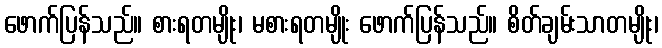
ဖောက်ပြန်သည်။ စားရတမျိုး၊ မစားရတမျိုး ဖောက်ပြန်သည်။ စိတ်ချမ်းသာတမျိုး၊